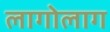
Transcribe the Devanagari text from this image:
लागोलाग